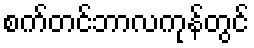
စက်တင်ဘာလကုန်တွင်